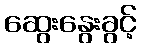
ဆွေးနွေးခွင့်